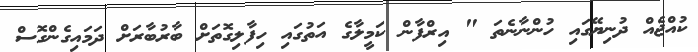
ކުއްޖެއް ދުނިޔޭގައި ހުންނާނެތަ " އިރްފާން ކަމީލާގެ އަތުގައި ހިފާލިގޮތަށް ބާރުބާރަށް ދަމައިގެންގޮސް